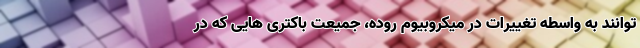
توانند به واسطه تغییرات در میکروبیوم روده، جمیعت باکتری هایی که در